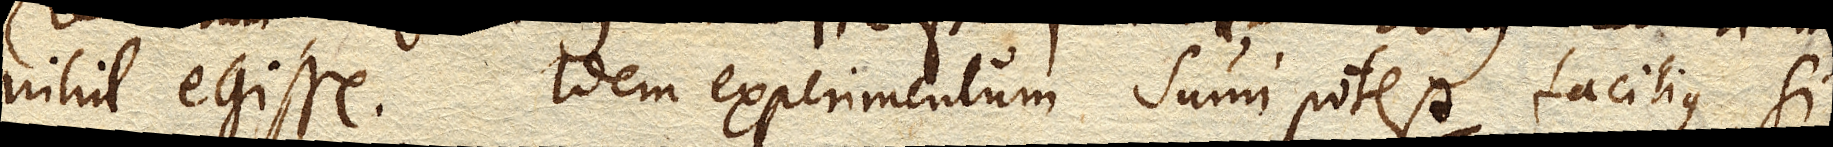
nihil egisse. Idem experimentum sumi potest facilius, si